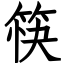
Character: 筷